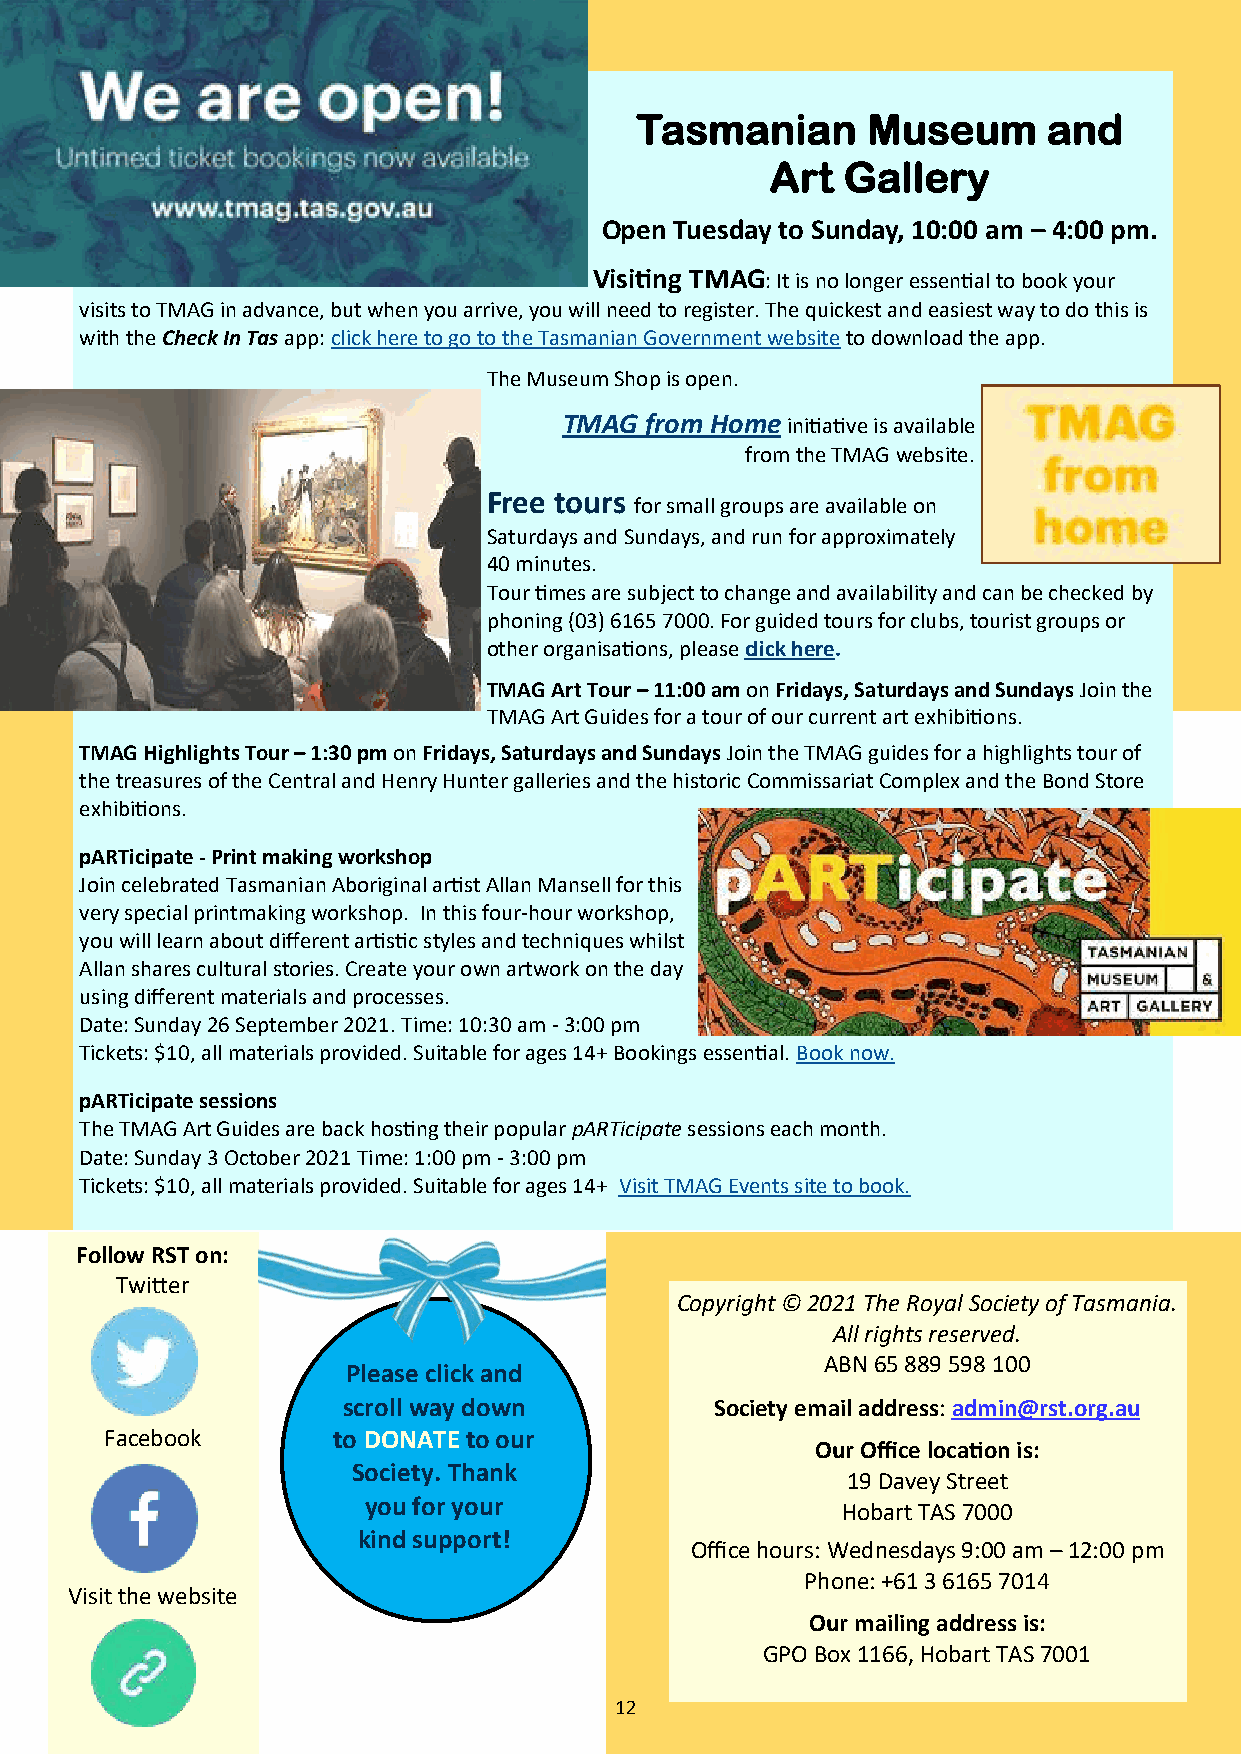
Tasmanian      Museum      and
 Art  Gallery
 Open Tuesday to Sunday, 10:00 am – 4:00 pm.
 Visiting TMAG: It is no longer essential to book your
 visits to TMAG in advance, but when you arrive, you will need to register. The quickest and easiest way to do this is
 with the Check In Tas app: click here to go to the Tasmanian Government website to download the app.
 The Museum Shop is open.
 TMAG  from Home initiative is available
 from the TMAG website.
 Free tours
 for small groups are available on
 Saturdays and Sundays, and run for approximately
 40 minutes.
 Tour times are subject to change and availability and can be checked by
 phoning (03) 6165 7000. For guided tours for clubs, tourist groups or
 other organisations, please click here.
 TMAG Art Tour – 11:00 am on Fridays, Saturdays and Sundays Join the
 TMAG Art Guides for a tour of our current art exhibitions.
 TMAG Highlights Tour – 1:30 pm on Fridays, Saturdays and Sundays Join the TMAG guides for a highlights tour of
 the treasures of the Central and Henry Hunter galleries and the historic Commissariat Complex and the Bond Store
 exhibitions.
 pARTicipate - Print making workshop
 Join celebrated Tasmanian Aboriginal artist Allan Mansell for this
 very special printmaking workshop. In this four-hour workshop,
 you will learn about different artistic styles and techniques whilst
 Allan shares cultural stories. Create your own artwork on the day
 using different materials and processes.
 Date: Sunday 26 September 2021. Time: 10:30 am - 3:00 pm
 Tickets: $10, all materials provided. Suitable for ages 14+ Bookings essential. Book now.
 pARTicipate sessions
 The TMAG Art Guides are back hosting their popular pARTicipate sessions each month.
 Date: Sunday 3 October 2021 Time: 1:00 pm - 3:00 pm
 Tickets: $10, all materials provided. Suitable for ages 14+ Visit TMAG Events site to book.
 Follow RST on:
 Twitter
 Copyright © 2021 The Royal Society of Tasmania.
 All rights reserved.
 ABN 65 889 598 100
 Please click and
 scroll way down         Society email address: admin@rst.org.au
 Facebook       to DONATE to our
 Our Office location is:
 Society. Thank
 19 Davey Street
 you for your
 Hobart TAS 7000
 kind support!
 Office hours: Wednesdays 9:00 am – 12:00 pm
 Phone: +61 3 6165 7014
 Visit the website
 Our mailing address is:
 GPO Box 1166, Hobart TAS 7001
 12